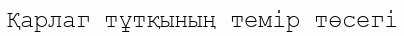
Қарлаг тұтқының темір төсегі